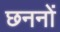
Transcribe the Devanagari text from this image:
छननों